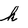
Character: h